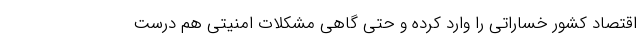
اقتصاد کشور خساراتی را وارد کرده و حتی گاهی مشکلات امنیتی هم درست